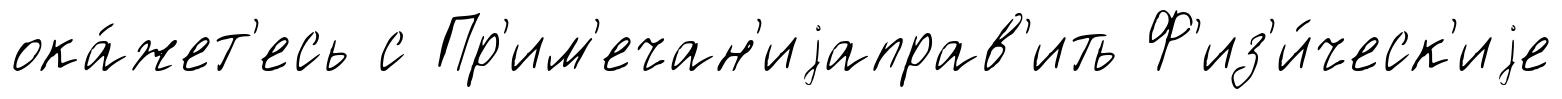
ока́жет'есь с Пр'им'ечан'иjаправ'ить Ф'из'и́ческ'иjе